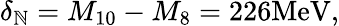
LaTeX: \delta_{\mathbb{N}}=M_{10}-M_{8}=226\mathrm{{MeV}},